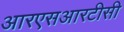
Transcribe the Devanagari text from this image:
आरएसआरटीसी